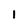
Character: 1